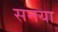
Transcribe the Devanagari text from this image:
सनया